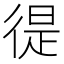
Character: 徥